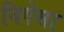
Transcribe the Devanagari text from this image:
निऐसा